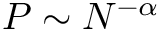
P \sim N ^ { - \alpha }